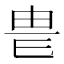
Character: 𤰴